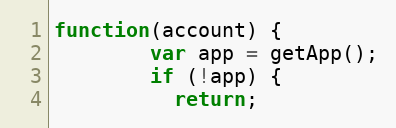
Language: JavaScript
function(account) {
        var app = getApp();
        if (!app) {
          return;